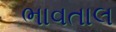
ભાવતાલ